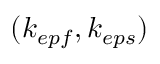
( k _ { e p f } , k _ { e p s } )